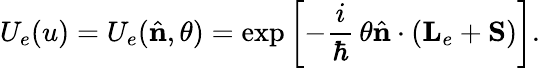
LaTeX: U_{e}(u)=U_{e}({\hat{\mathbf{n}}},\theta)=\exp\left[-\frac{i}{\hbar}\, \theta{\hat{\mathbf{n}}}\cdot({\mathbf{L}}_{e}+{\mathbf{S}})\right].